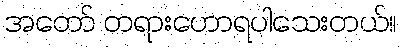
အတော် တရားဟောရပါသေးတယ်။